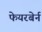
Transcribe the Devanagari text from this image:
फेयरबेर्न